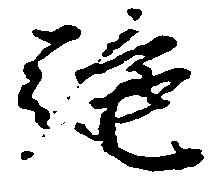
施